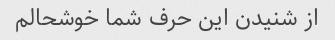
از شنیدن این حرف شما خوشحالم